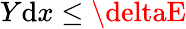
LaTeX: Y\mathrm{d}x\leq\deltaE